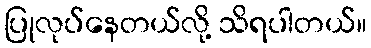
ပြုလုပ်နေတယ်လို့ သိရပါတယ်။